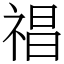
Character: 𥚕